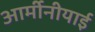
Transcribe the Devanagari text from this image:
आर्मीनीयाई